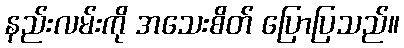
နည်းလမ်းကို အသေးစိတ် ပြောပြသည်။